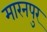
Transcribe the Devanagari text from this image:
मारनपुर